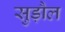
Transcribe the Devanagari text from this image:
सुड़ौल